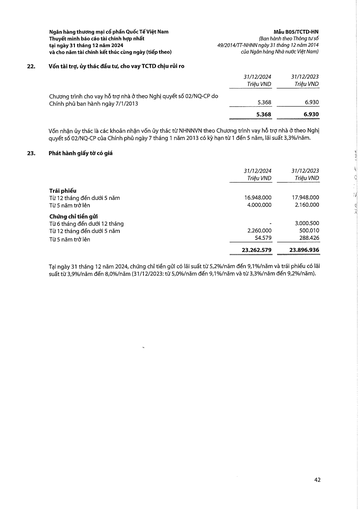
||31/12/2024 Triệu VND|31/12/2023 Triệu VND| |---|---|---| |Chương trình cho vay hỗ trợ nhà ở theo Nghị quyết số 02/NQ-CP do Chính phủ ban hành ngày 7/1/2013|5.368|6.930| ||5.368|6.930| ||31/12/2024 Triệu VND|31/12/2023 Triệu VND| |---|---|---| |Trái phiếu||| |Từ 12 tháng đến dưới 5 năm|16.948.000|17.948.000| |Từ 5 năm trở lên|4.000.000|2.160.000| |Chứng chỉ tiền gửi||| |Từ 6 tháng đến dưới 12 tháng|-|3.000.500| |Từ 12 tháng đến dưới 5 năm|2.260.000|500.010| |Từ 5 năm trở lên|54.579|288.426| ||23.262.579|23.896.936|